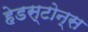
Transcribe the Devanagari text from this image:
हेडस्टोन्स